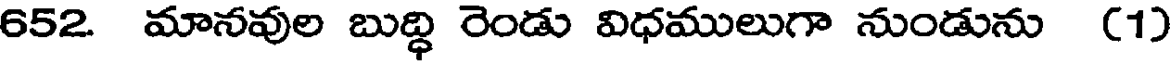
652 మానవుల బుద్ధి రెండు విధములుగా నుండును (1)